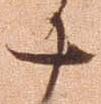
十